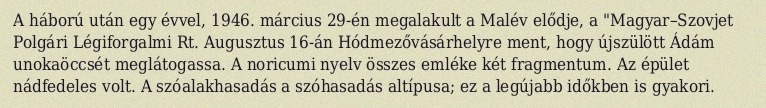
A háború után egy évvel, 1946. március 29-én megalakult a Malév elődje, a "Magyar–Szovjet Polgári Légiforgalmi Rt. Augusztus 16-án Hódmezővásárhelyre ment, hogy újszülött Ádám unokaöccsét meglátogassa. A noricumi nyelv összes emléke két fragmentum. Az épület nádfedeles volt. A szóalakhasadás a szóhasadás altípusa; ez a legújabb időkben is gyakori.